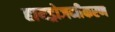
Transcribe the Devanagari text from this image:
हायड्रोजनीकरण